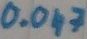
Text: 0.047